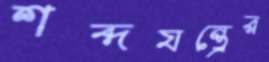
শব্দযন্ত্রের